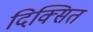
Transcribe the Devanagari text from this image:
दिक्सित